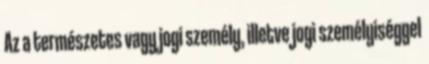
Az a természetes vagy jogi személy, illetve jogi személyiséggel